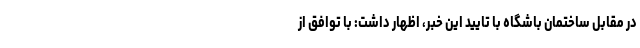
در مقابل ساختمان باشگاه با تایید این خبر، اظهار داشت: با توافق از